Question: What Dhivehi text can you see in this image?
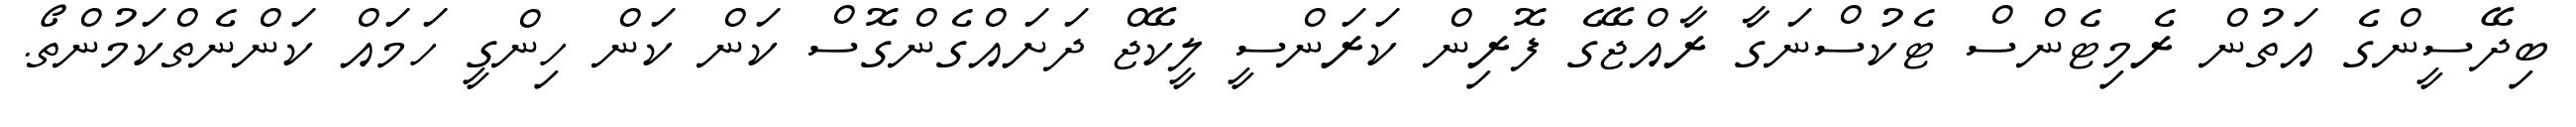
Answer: ބިދޭސީންގެ އަތުން ރެމިޓެންސް ޓެކުސްނަގާ ރާއްޖޭގެ ފޮރިން ކަރަންސީ ލީކޭޖް ދަށައްގެންގޮސް ކަން ކަން ހިންގީ ހަމައް ކަންނެތްކަމުންތޯ.